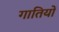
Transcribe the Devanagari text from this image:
गातियों